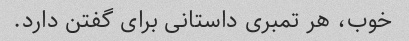
خوب، هر تمبری داستانی برای گفتن دارد.